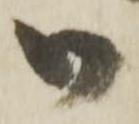
御